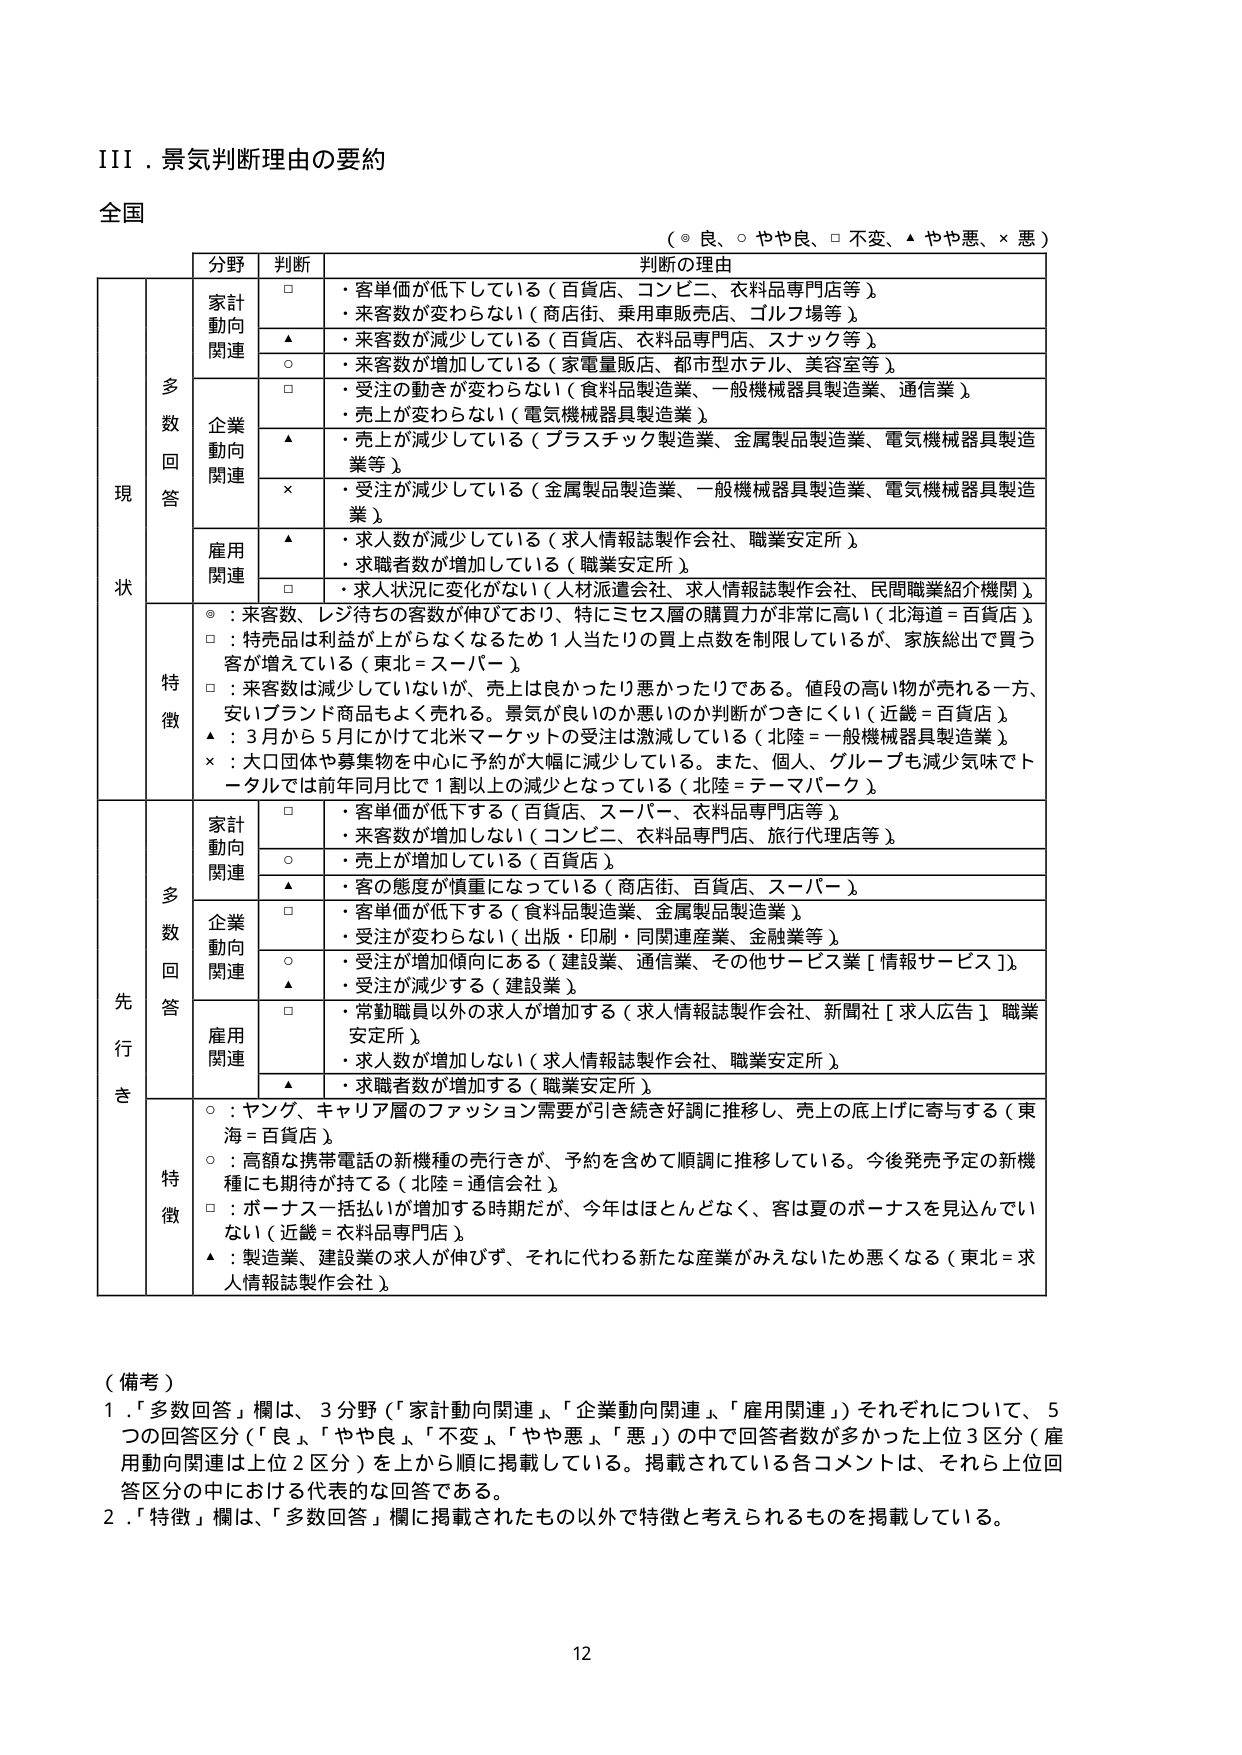
III．景気判断理由の要約

全国

（◎ 良、○ やや良、□ 不変、▲ やや悪、× 悪）

| | | 分野 | 判断 | 判断の理由 |
|---|---|---|---|---|
| | | | | |
| | | 家計動向関連 | □ | ・客単価が低下している（百貨店、コンビニ、衣料品専門店等）<br>・来客数が変わらない（商店街、乗用車販売店、ゴルフ場等） |
| | | | ▲ | ・来客数が減少している（百貨店、衣料品専門店、スナック等） |
| | | | ○ | ・来客数が増加している（家電量販店、都市型ホテル、美容室等） |
| | | 企業動向関連 | □ | ・受注の動きが変わらない（食料品製造業、一般機械器具製造業、通信業）<br>・売上が変わらない（電気機械器具製造業） |
| | | | ▲ | ・売上が減少している（プラスチック製造業、金属製品製造業、電気機械器具製造業等） |
| | | | × | ・受注が減少している（金属製品製造業、一般機械器具製造業、電気機械器具製造業） |
| | | 雇用関連 | ▲ | ・求人数が減少している（求人情報誌製作会社、職業安定所）<br>・求職者数が増加している（職業安定所） |
| | | | □ | ・求人状況に変化がない（人材派遣会社、求人情報誌製作会社、民間職業紹介機関） |
| | | 特徴 | | ◎：来客数、レジ待ちの客数が伸びており、特にミセス層の購買力が非常に高い（北海道＝百貨店）<br>□：特売品は利益が上がらなくなるため1人当たりの買上点数を制限しているが、家族総出で買う客が増えている（東北＝スーパー）<br>□：来客数は減少していないが、売上は良かったり悪かったりである。値段の高い物が売れる一方、安いブランド商品もよく売れる。景気が良いのか悪いのか判断がつきにくい（近畿＝百貨店）<br>▲：3月から5月にかけて北米マーケットの受注は激減している（北陸＝一般機械器具製造業）<br>×：大口団体や募集物を中心に予約が大幅に減少している。また、個人、グループも減少気味でトータルでは前年同月比で1割以上の減少となっている（北陸＝テーマパーク） |
| | | | | |
| | | 家計動向関連 | □ | ・客単価が低下する（百貨店、スーパー、衣料品専門店等）<br>・来客数が増加しない（コンビニ、衣料品専門店、旅行代理店等） |
| | | | ○ | ・売上が増加している（百貨店） |
| | | | ▲ | ・客の態度が慎重になっている（商店街、百貨店、スーパー） |
| | | 企業動向関連 | □ | ・客単価が低下する（食料品製造業、金属製品製造業）<br>・受注が変わらない（出版・印刷・同関連産業、金融業等） |
| | | | ○ | ・受注が増加傾向にある（建設業、通信業、その他サービス業［情報サービス］） |
| | | | ▲ | ・受注が減少する（建設業） |
| | | 雇用関連 | □ | ・常勤職員以外の求人が増加する（求人情報誌製作会社、新聞社［求人広告］、職業安定所）<br>・求人数が増加しない（求人情報誌製作会社、職業安定所） |
| | | | ▲ | ・求職者数が増加する（職業安定所） |
| | | 特徴 | | ○：ヤング、キャリア層のファッション需要が引き続き好調に推移し、売上の底上げに寄与する（東海＝百貨店）<br>○：高額な携帯電話の新機種の売行きが、予約を含めて順調に推移している。今後発売予定の新機種にも期待が持てる（北陸＝通信会社）<br>□：ボーナス一括払いが増加する時期だが、今年はほとんどなく、客は夏のボーナスを見込んでいない（近畿＝衣料品専門店）<br>▲：製造業、建設業の求人が伸びず、それに代わる新たな産業がみえないため悪くなる（東北＝求人情報誌製作会社） |

（備考）
1．「多数回答」欄は、3分野（「家計動向関連」、「企業動向関連」、「雇用関連」）それぞれについて、5つの回答区分（「良」、「やや良」、「不変」、「やや悪」、「悪」）の中で回答者数が多かった上位3区分（雇用動向関連は上位2区分）を上から順に掲載している。掲載されている各コメントは、それら上位回答区分の中における代表的な回答である。
2．「特徴」欄は、「多数回答」欄に掲載されたもの以外で特徴と考えられるものを掲載している。

12